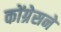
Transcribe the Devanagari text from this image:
कोंग्रेसने